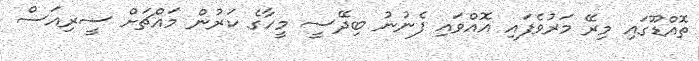
ތޮއްޑޫގައި މިރޭ މަރުވެފައި އޮއްވައި ފެނުނު ބިދޭސީ މީހާގެ ކަރުން މައްޗަށް ސީރިއަސް